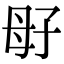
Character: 㝀